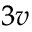
_ { 3 v }